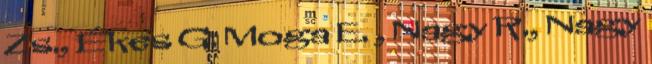
Zs., Ékes G. Moga E. , Nagy R., Nagy